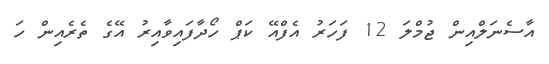
އާސެނަލްއިން ޖުމްލަ 12 ފަހަރު އެފްއޭ ކަޕް ހޯދާފައިވާއިރު އޭގެ ތެރެއިން ހަ